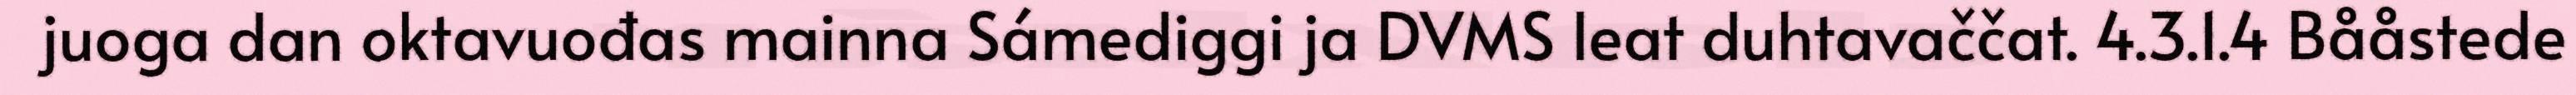
juoga dan oktavuođas mainna Sámediggi ja DVMS leat duhtavaččat. 4.3.1.4 Bååstede